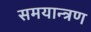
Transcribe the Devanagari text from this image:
समयान्त्रण